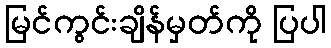
မြင်ကွင်းချိန်မှတ်ကို ပြပါ